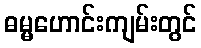
ဓမ္မဟောင်းကျမ်းတွင်